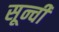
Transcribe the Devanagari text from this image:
सून्ची